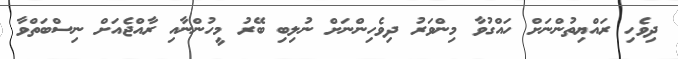
ދިވެހި ރައްޔިތުންނަށް ހައްގުވާ މިންވަރު ދިވެހިންނަށް ނުލިބި ބޭރު މީހުންނާއި ރާއްޖެއަށް ނިސްބަތްވާ